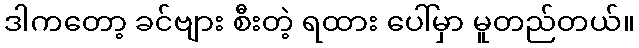
ဒါကတော့ ခင်ဗျား စီးတဲ့ ရထား ပေါ်မှာ မူတည်တယ်။